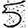
Digit: 5